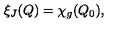
\xi _ { J } ( Q ) = \chi _ { g } ( Q _ { 0 } ) ,